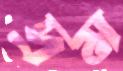
দ্রম